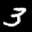
Label: 3